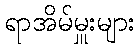
ရာအိမ်မှူးများ